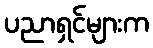
ပညာရှင်များက